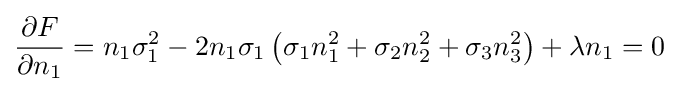
{\frac {\partial F}{\partial n_{1}}}=n_{1}\sigma _{1}^{2}-2n_{1}\sigma _{1}\left(\sigma _{1}n_{1}^{2}+\sigma _{2}n_{2}^{2}+\sigma _{3}n_{3}^{2}\right)+\lambda n_{1}=0